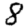
Digit: 8